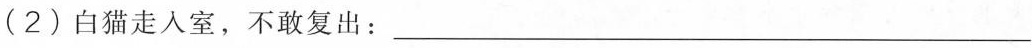
(2)白猫走人室，不敢复出：___